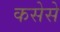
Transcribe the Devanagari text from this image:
कसेसे